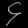
Digit: ၄